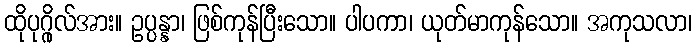
ထိုပုဂ္ဂိုလ်အား။ ဥပ္ပန္နာ၊ ဖြစ်ကုန်ပြီးသော။ ပါပကာ၊ ယုတ်မာကုန်သော။ အကုသလာ၊